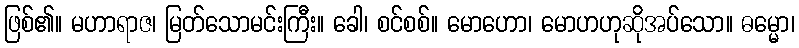
ဖြစ်၏။ မဟာရာဇ၊ မြတ်သောမင်းကြီး။ ခေါ၊ စင်စစ်။ မောဟော၊ မောဟဟုဆိုအပ်သော။ ဓမ္မော၊